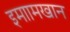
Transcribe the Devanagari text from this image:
इमाामखान